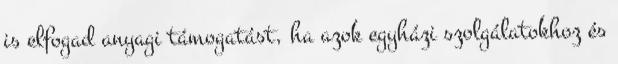
is elfogad anyagi támogatást, ha azok egyházi szolgálatokhoz és